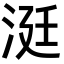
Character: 涏